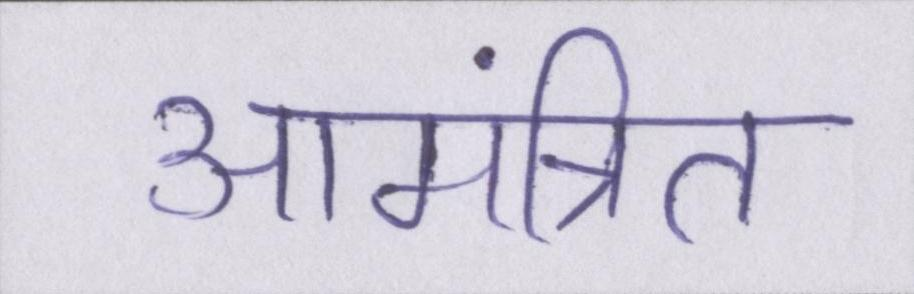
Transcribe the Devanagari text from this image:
आमंत्रित